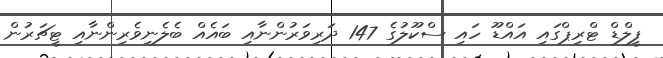
ފީލްޑް ޓްރިޕްގައި އައްޑޫ ހައި ސްކޫލުގެ 147 ދަރިވަރުންނާއި ބައެއް ބެލެނިވެރިންނާއި ޓީޗަރުން